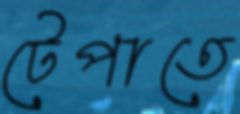
টেপাতে